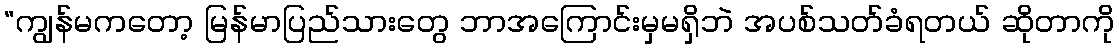
“ကျွန်မကတော့ မြန်မာပြည်သားတွေ ဘာအကြောင်းမှမရှိဘဲ အပစ်သတ်ခံရတယ် ဆိုတာကို